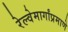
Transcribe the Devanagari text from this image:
रेल्वेमार्गांप्रमाणे